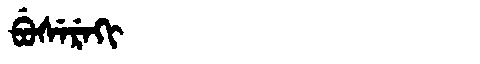
Manchu: ᠪᡠᠰᡝᡵᡝᡴᡳ
Romanization: BUSEREKI